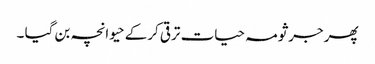
پھر جرثومہ حیات ترقی کرکے حیوانچہ بن گیا ۔